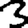
Digit: 3